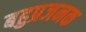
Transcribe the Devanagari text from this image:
बहुप्रजनक